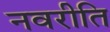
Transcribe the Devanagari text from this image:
नवरीति